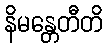
နိမန္တေတီတိ